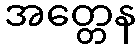
အတ္တေန